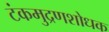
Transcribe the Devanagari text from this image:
टंकमुद्रणशोधक